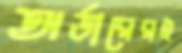
অর্ডারেরই